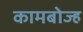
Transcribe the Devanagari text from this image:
कामबोज्ह